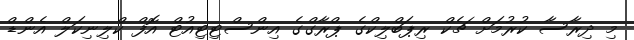
މި ދިރާސާ ކުރުމަށް ޗެކް ރިޕަބްލިކްގެ ޕްރާގްގެ އިންސްޓިޓިއުޓް އޮފް ކްލިނިކަލް އެންޑް